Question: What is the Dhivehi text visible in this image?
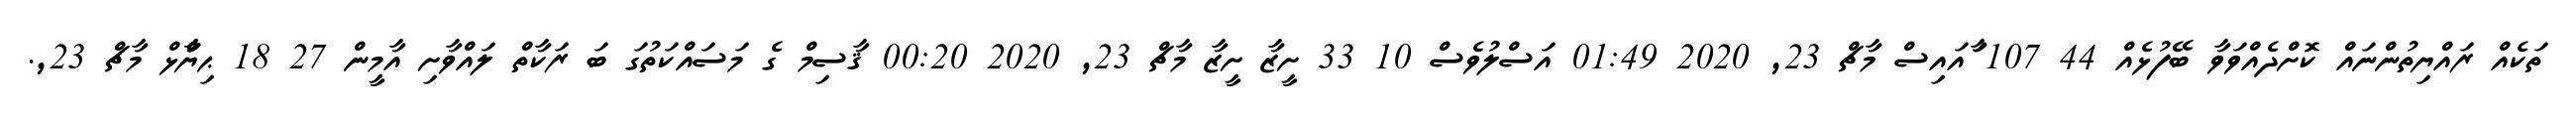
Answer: ތަކެއް ރައްޔިތުންނައް ކޮށްދެއްވަވާ ބޭފުޅެއް 44 107 ާައައިސް މާޗް 23, 2020 01:49 އަސްލުވެސް 10 33 ށީޒާ ށީޒާ މާޗް 23, 2020 00:20 ޤާސިމް ގެ މަސައްކަތުގަ ބަ ރަކާތް ލައްވާށި އާމީން 27 18 ޙިޔާާްްޅް މާޗް 23,.